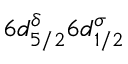
6 d _ { 5 / 2 } ^ { \delta } 6 d _ { 1 / 2 } ^ { \sigma }